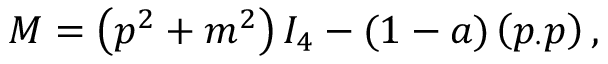
M = \left( p ^ { 2 } + m ^ { 2 } \right) I _ { 4 } - ( 1 - a ) \left( p _ { \cdot } p \right) ,